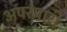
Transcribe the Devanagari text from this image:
अपरंपारी